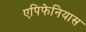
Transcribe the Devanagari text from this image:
एपिफेनियास